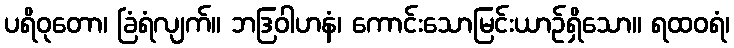
ပရိဝုတော၊ ခြံရံလျက်။ ဘဒြဝါဟနံ၊ ကောင်းသောမြင်းယာဉ်ရှိသော။ ရထဝရံ၊